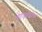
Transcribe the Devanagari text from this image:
ओएससीपी